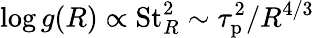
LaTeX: \log g(R)\propto\mathrm{St}_{R}^{2}\sim\tau_{\mathrm{p}}^{2}/R^{4/3}